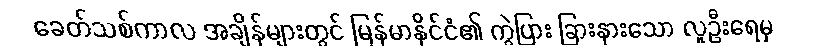
ခေတ်သစ်ကာလ အချိန်များတွင် မြန်မာနိုင်ငံ၏ ကွဲပြား ခြားနားသော လူဦးရေမှ